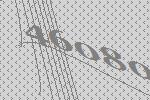
46080